Vaccination in Bombay 1913-1923 - 1913-1923
Year: 1913
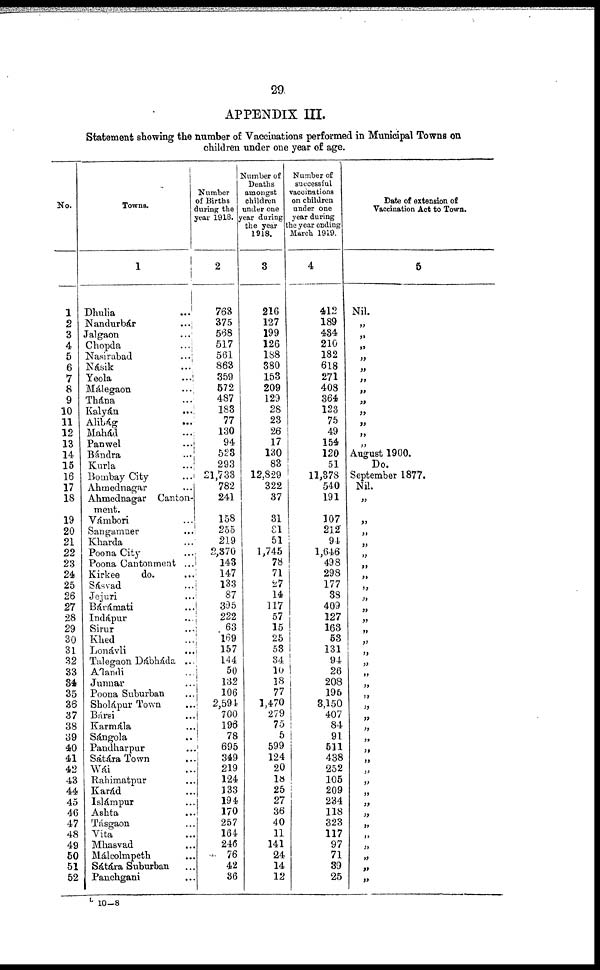
29.
APPENDIX III.
Statement showing the number of Vaccinations performed in Municipal Towns on
children under one year of age.
No.
1
2
3
4
5
6
7
8
9
10
11
12
13
14
15
16
17
18
19
20
21
22
23
24
25
26
27
28
29
30
31
32
33
34
35
36
37
38
39
40
41
42
43
44
45
46
47
48
49
50
51
52
Towns.
1
Dhulia ...
Nandurbár
...
Jalgaon
...
Chopda ...
Nasirabad ...
Násik ...
Yeola ...
Málegaon ...
Thána ...
Kalyán ...
Alibág ...
Mahád ...
Panwel ...
Bándra ...
Kurla ...
Bombay City ...
Ahmednagar ...
Ahmednagar Canton-
ment.
Vámbori ...
Sangamner ...
Kharda ...
Poona City ...
Poona Cantonment ...
Kirkee
do. ...
Sásvad ...
Jejuri ...
Bárámati ...
Indápur ...
Sirur ...
Khed ...
Lonávli ...
Talegaon Dábháda ...
Alandi ...
Junnar ...
Poona Suburban ...
Sholápur Town
Bársi ...
Karmála ...
Sángola ...
Pandharpur ...
Sátára Town ...
Wái ...
Rahimatpur ...
Karád ...
Islámpur ...
Ashta ...
Tásgaon ...
Vita ...
Mhasvad ...
Málcolmpeth ...
Sátára Suburban ...
Panchgani ...
Number
of Births
during the
year 1918.
2
763
375
568
517
561
863
359
572
487
183
77
130
94
523
293
21,733
782
241
158
255
219
2,370
143
147
133
87
395
222
63
169
157
144
50
132
106
2,594
700
196
78
695
349
219
124
133
194
170
257
164
246
76
42
36
Number of
Deaths
amongst
children
under one
year during
the year
1918.
3
216
127
199
126
188
380
153
209
129
28
23
26
17
130
83
12,829
322
37
31
81
51
1,745
78
71
27
14
117
57
15
25
53
34
10
18
77
1,470
279
75
5
599
124
20
18
25
27
36
40
11
141
24
14
12
Number of
successful
vaccinations
on children
under one
year during
the year ending
March 1919.
4
412
189
434
210
182
618
271
408
364
123
75
49
154
120
51
11,378
540
191
107
212
94
1,646
498
298
177
38
409
127
163
53
131
94
26
208
195
3,150
407
84
91
511
438
252
105
209
234
118
323
117
97
71
39
25
Date of extension of
Vaccination Act to Town.
5
Nil.
„
„
„
„
„
„
„
„
„
„
„
„
August 1900.
Do.
September 1877.
Nil.
„
„
„
„
„
„
„
„
„
„
„
„
„
„
„
„
„
„
„
„
„
„
„
„
„
„
„
„
„
„
„
„
„
„
„
L 10-8